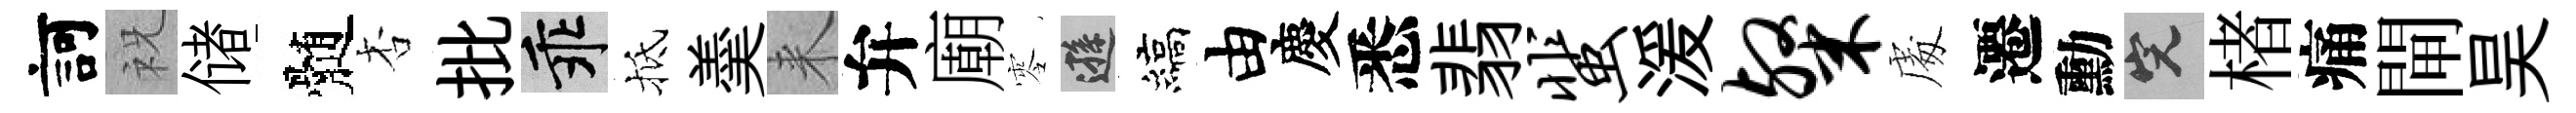
訶祝储髄杏批乖抵羮来弁廟零遜縞由慶悉翡蜚湲粲䖏遷勳完楮痛閘昊